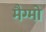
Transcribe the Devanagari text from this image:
मैग्मो